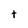
Character: t